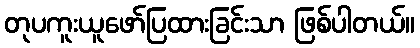
တုပကူးယူဖော်ပြထားခြင်းသာ ဖြစ်ပါတယ်။